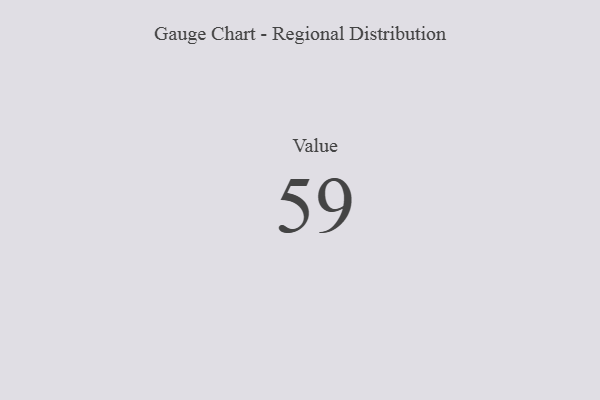
{"axis": {"x": "Metric", "y": "Value"}, "legend": [""], "data": [{"x": "Value", "y": 59, "type": ""}]}